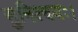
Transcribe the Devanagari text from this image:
सुनिश्चयः।